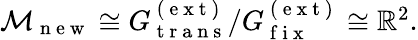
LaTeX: \begin{array}{r}{\mathcal{M}_{\mathrm{~n~e~w~}}\cong G_{\mathrm{~t~r~a~n~s~}}^{\mathrm{~(~e~x~t~)~}}/G_{\mathrm{~f~i~x~}}^{\mathrm{~(~e~x~t~)~}}\cong\mathbb{R}^{2}.}\end{array}